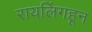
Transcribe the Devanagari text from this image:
रायलिंगहून